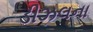
ડીઝલના